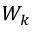
W _ { k }